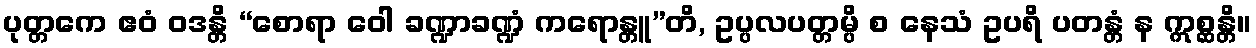
ပုတ္တကေ ဧဝံ ဝဒန္တိ “စောရာ ဝေါ ခဏ္ဍာခဏ္ဍံ ကရောန္တူ”တိ, ဥပ္ပလပတ္တမ္ပိ စ နေသံ ဥပရိ ပတန္တံ န ဣစ္ဆန္တိ။